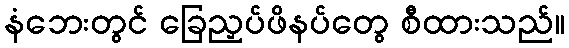
နံဘေးတွင် ခြေညှပ်ဖိနပ်တွေ စီထားသည်။